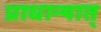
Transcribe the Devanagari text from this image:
प्राधान्यात्